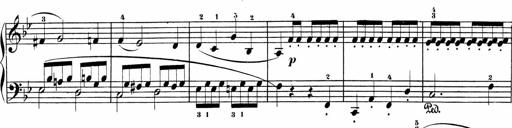
Title: Sonatinas
Composer: Andrew Violette